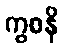
ကွစနိ